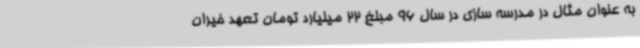
به عنوان مثال در مدرسه سازی در سال 96 مبلغ 22 میلیارد تومان تعهد خیران